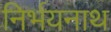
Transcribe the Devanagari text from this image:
निर्भयनाथ